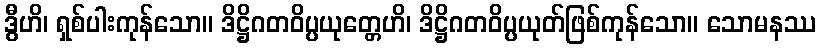
ဒွီဟိ၊ ရှစ်ပါးကုန်သော။ ဒိဋ္ဌိဂတဝိပ္ပယုတ္တေဟိ၊ ဒိဋ္ဌိဂတဝိပ္ပယုတ်ဖြစ်ကုန်သော။ သောမနဿ